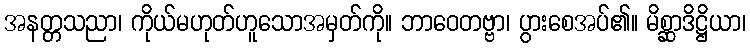
အနတ္တသညာ၊ ကိုယ်မဟုတ်ဟူသောအမှတ်ကို။ ဘာဝေတဗ္ဗာ၊ ပွားစေအပ်၏။ မိစ္ဆာဒိဋ္ဌိယာ၊